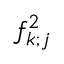
f _ { k ; j } ^ { 2 }